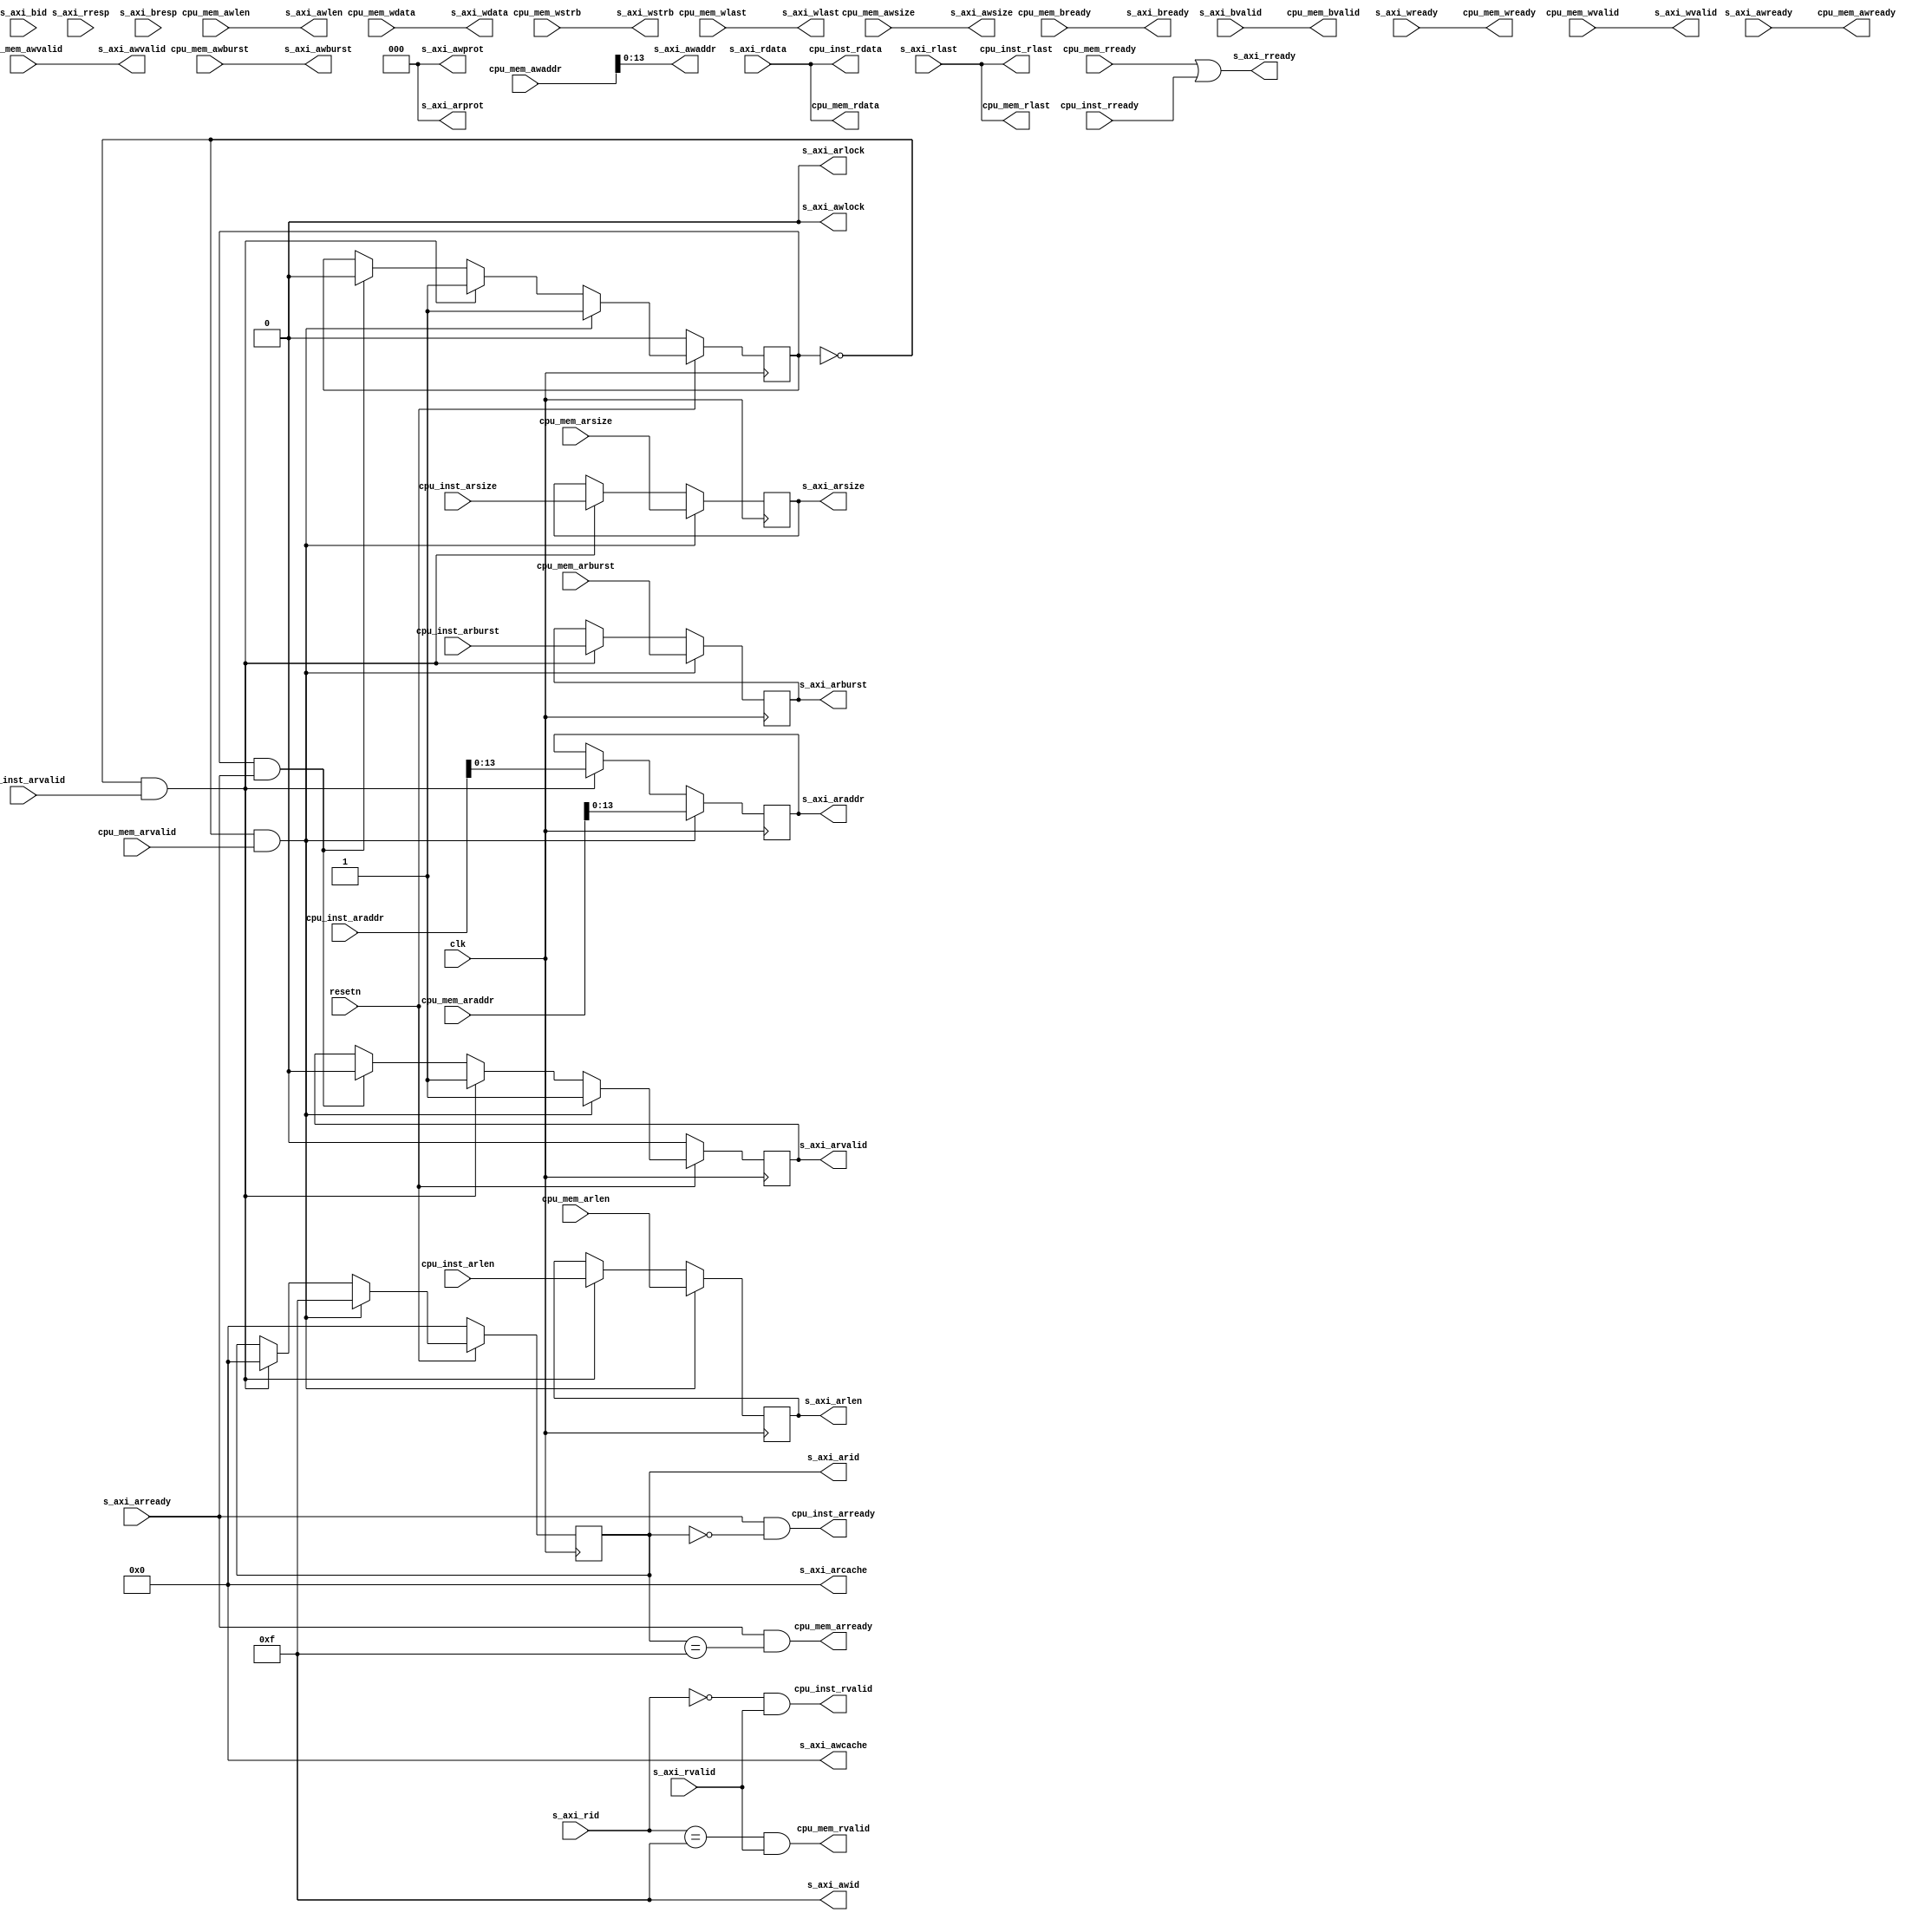
module cpu_to_mem_axi_2x1_arb #(
    // Width of data bus in bits
    parameter DATA_WIDTH = 32,
    // Width of address bus in bits
    parameter ADDR_WIDTH = 14,
    // Width of wstrb (width of data bus in words)
    parameter STRB_WIDTH = (DATA_WIDTH/8),
    // Width of ID signal
    parameter ID_WIDTH = 4,
    // Extra pipeline register on output
    parameter PIPELINE_OUTPUT = 0
)(
	input          clk,
	input          resetn,
	
	//AXI AR Channel for instruction
	input  [31:0]  cpu_inst_araddr,
	output	       cpu_inst_arready,
	input	       cpu_inst_arvalid,
	input  [ 2:0]  cpu_inst_arsize,
	input  [ 1:0]  cpu_inst_arburst,
	input  [ 7:0]  cpu_inst_arlen,

	//AXI R Channel for instruction
	output [31:0]  cpu_inst_rdata,
	input	       cpu_inst_rready,
	output	       cpu_inst_rvalid,
	output	       cpu_inst_rlast,

	//AXI AR Channel for data
	input  [31:0]  cpu_mem_araddr,
	output	       cpu_mem_arready,
	input	       cpu_mem_arvalid,
	input  [ 2:0]  cpu_mem_arsize,
	input  [ 1:0]  cpu_mem_arburst,
	input  [ 7:0]  cpu_mem_arlen,

	//AXI R Channel for mem
	output [31:0]	cpu_mem_rdata,
	input		cpu_mem_rready,
	output		cpu_mem_rvalid,
	output		cpu_mem_rlast,

	//AXI AW Channel for mem
	input  [31:0]	cpu_mem_awaddr,
	output		cpu_mem_awready,
	input  		cpu_mem_awvalid,
	input  [ 2:0]	cpu_mem_awsize,
	input  [ 1:0]	cpu_mem_awburst,
	input  [ 7:0]	cpu_mem_awlen,

	//AXI B Channel for mem
	input		cpu_mem_bready,
	output		cpu_mem_bvalid,

	//AXI W Channel for mem
	input  [31:0]	cpu_mem_wdata,
	output		cpu_mem_wready,
	input  [ 3:0]	cpu_mem_wstrb,
	input		cpu_mem_wvalid,
	input		cpu_mem_wlast,
	
	output [ID_WIDTH  -1:0]  s_axi_arid,
	output [ADDR_WIDTH-1:0]  s_axi_araddr,
	output [           7:0]  s_axi_arlen,
	output [           2:0]  s_axi_arsize,
	output [           1:0]  s_axi_arburst,
	output                   s_axi_arlock,
	output [           3:0]  s_axi_arcache,
	output [           2:0]  s_axi_arprot,
	output                   s_axi_arvalid,
	input                    s_axi_arready,
	
	input  [ID_WIDTH  -1:0]  s_axi_rid,
	input  [DATA_WIDTH-1:0]  s_axi_rdata,
	input  [           1:0]  s_axi_rresp,
	input                    s_axi_rlast,
	input                    s_axi_rvalid,
	output                   s_axi_rready,
	
	output [ID_WIDTH  -1:0]  s_axi_awid,
	output [ADDR_WIDTH-1:0]  s_axi_awaddr,
	output [           7:0]  s_axi_awlen,
	output [           2:0]  s_axi_awsize,
	output [           1:0]  s_axi_awburst,
	output                   s_axi_awlock,
	output [           3:0]  s_axi_awcache,
	output [           2:0]  s_axi_awprot,
	output                   s_axi_awvalid,
	input                    s_axi_awready,
	
	output [DATA_WIDTH-1:0]  s_axi_wdata,
	output [STRB_WIDTH-1:0]  s_axi_wstrb,
	output                   s_axi_wlast,
	output                   s_axi_wvalid,
	input                    s_axi_wready,
	
	input [ID_WIDTH-1:0]     s_axi_bid,
	input [         1:0]     s_axi_bresp,
	input                    s_axi_bvalid,
	output                   s_axi_bready
);

localparam INSTID = {ID_WIDTH{1'b0}},
           DATAID = {ID_WIDTH{1'b1}};

assign s_axi_awid      = DATAID;
assign s_axi_awaddr    = cpu_mem_awaddr;
assign s_axi_awlen     = cpu_mem_awlen;
assign s_axi_awsize    = cpu_mem_awsize;
assign s_axi_awburst   = cpu_mem_awburst;
assign s_axi_awlock    = 1'b0;
assign s_axi_awcache   = 4'b0;
assign s_axi_awprot    = 3'b0;
assign s_axi_awvalid   = cpu_mem_awvalid;
assign cpu_mem_awready = s_axi_awready;

assign s_axi_wdata    = cpu_mem_wdata;
assign s_axi_wstrb    = cpu_mem_wstrb;
assign s_axi_wlast    = cpu_mem_wlast;
assign s_axi_wvalid   = cpu_mem_wvalid;
assign cpu_mem_wready = s_axi_wready;

assign s_axi_bready   = cpu_mem_bready;
assign cpu_mem_bvalid = s_axi_bvalid;

assign s_axi_arcache = 4'b0;
assign s_axi_arlock  = 1'b0;
assign s_axi_arprot  = 3'b0;

reg                  arbusy;
reg [ID_WIDTH  -1:0] arid_r;
reg [ADDR_WIDTH-1:0] araddr_r;
reg [           2:0] arsize_r;
reg                  arvalid_r;
reg [           7:0] arlen_r;
reg [           1:0] arburst_r;
reg [DATA_WIDTH-1:0] rdata_r;

always @(posedge clk)
begin
    if (~resetn)
        arbusy <= 1'b0;
    else if (~arbusy & cpu_mem_arvalid)
        arbusy <= 1'b1;
    else if (~arbusy & cpu_inst_arvalid)
        arbusy <= 1'b1;
    else if (arbusy & s_axi_arready)
        arbusy <= 1'b0;
    
    if (~resetn)
    	arid_r <= {ID_WIDTH{1'b0}};
    else if (~arbusy & cpu_mem_arvalid)
        arid_r <= DATAID;
    else if (~arbusy & cpu_inst_arvalid)
        arid_r <= INSTID;

    if (~arbusy & cpu_mem_arvalid)
        araddr_r <= cpu_mem_araddr;
    else if (~arbusy & cpu_inst_arvalid)
        araddr_r <= cpu_inst_araddr;

    if (~arbusy & cpu_mem_arvalid)
        arsize_r <= cpu_mem_arsize;
    else if (~arbusy & cpu_inst_arvalid)
        arsize_r <= cpu_inst_arsize;

    if (~resetn)
        arvalid_r <= 1'b0;
    else if (~arbusy & cpu_mem_arvalid)
        arvalid_r <= 1'b1;
    else if (~arbusy & cpu_inst_arvalid)
        arvalid_r <= 1'b1;
    else if (arbusy & s_axi_arready)
        arvalid_r <= 1'b0;
    
    if (~arbusy & cpu_mem_arvalid)
        arlen_r <= cpu_mem_arlen;
    else if (~arbusy & cpu_inst_arvalid)
        arlen_r <= cpu_inst_arlen;

    if (~arbusy & cpu_mem_arvalid)
        arburst_r <= cpu_mem_arburst;
    else if (~arbusy & cpu_inst_arvalid)
        arburst_r <= cpu_inst_arburst;
end

assign s_axi_arid       = arid_r;
assign s_axi_araddr     = araddr_r;
assign s_axi_arlen      = arlen_r;
assign s_axi_arsize     = arsize_r;
assign s_axi_arburst    = arburst_r;
assign s_axi_arvalid    = arvalid_r;
assign cpu_mem_arready  = s_axi_arready & s_axi_arid == DATAID;
assign cpu_inst_arready = s_axi_arready & s_axi_arid == INSTID;

assign s_axi_rready    = cpu_mem_rready | cpu_inst_rready;
assign cpu_mem_rdata   = s_axi_rdata;
assign cpu_mem_rvalid  = s_axi_rid == DATAID & s_axi_rvalid;
assign cpu_mem_rlast   = s_axi_rlast;
assign cpu_inst_rdata  = s_axi_rdata;
assign cpu_inst_rvalid = s_axi_rid == INSTID & s_axi_rvalid;
assign cpu_inst_rlast  = s_axi_rlast;

endmodule